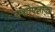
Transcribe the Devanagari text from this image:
यशोपताका